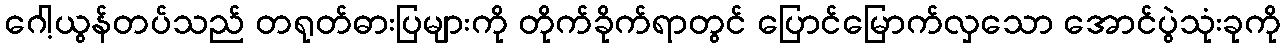
ဂေါ့ယွန်တပ်သည် တရုတ်ဓားပြများကို တိုက်ခိုက်ရာတွင် ပြောင်မြောက်လှသော အောင်ပွဲသုံးခုကို